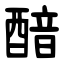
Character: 䤃